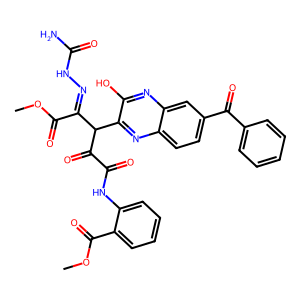
SMILES: COC(=O)C(=NNC(N)=O)C(C(=O)C(=O)Nc1ccccc1C(=O)OC)c1nc2ccc(C(=O)c3ccccc3)cc2nc1O
Inhibits HIV replication: No